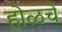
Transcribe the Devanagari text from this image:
होळचे